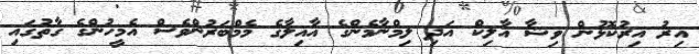
އިރު އިރުކޮޅުން ވިޝާ އާލިކް އަދި ލިމްނާމެންގެ އާއިލާގެ މެމްބަރުންވެސް އެމީހުންގެ ގާތުގައި